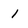
Character: 1